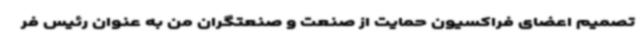
تصمیم اعضای فراکسیون حمایت از صنعت و صنعتگران من به عنوان رئیس فر